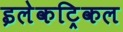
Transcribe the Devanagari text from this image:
इलेकट्रिकल